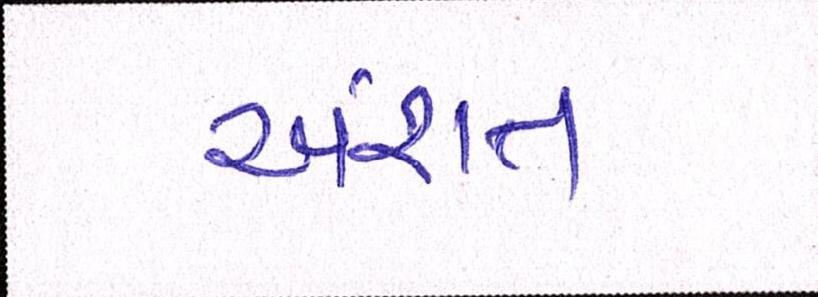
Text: અંશત